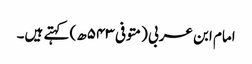
امام ابن عربی (متوفی ۵۴۳ھ) کہتے ہیں۔